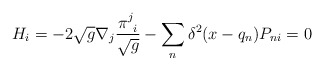
\begin{align*}H_i=-2\sqrt{g}\nabla_{j}\frac{\pi^j_{~i}}{\sqrt{g}}-\sum_n\delta^2 (x-q_n)P_{ni} =0\end{align*}